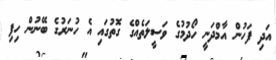
އަދި ފަހުން އާމްދަނީ ހޯދުމުގެ ވަސީލަތެއްގެ ގޮތުގައި އެ ހުނަރުގެ ބޭނުން ހިފި